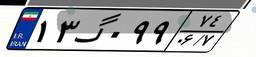
۱۳گ۰۹۹۷۴